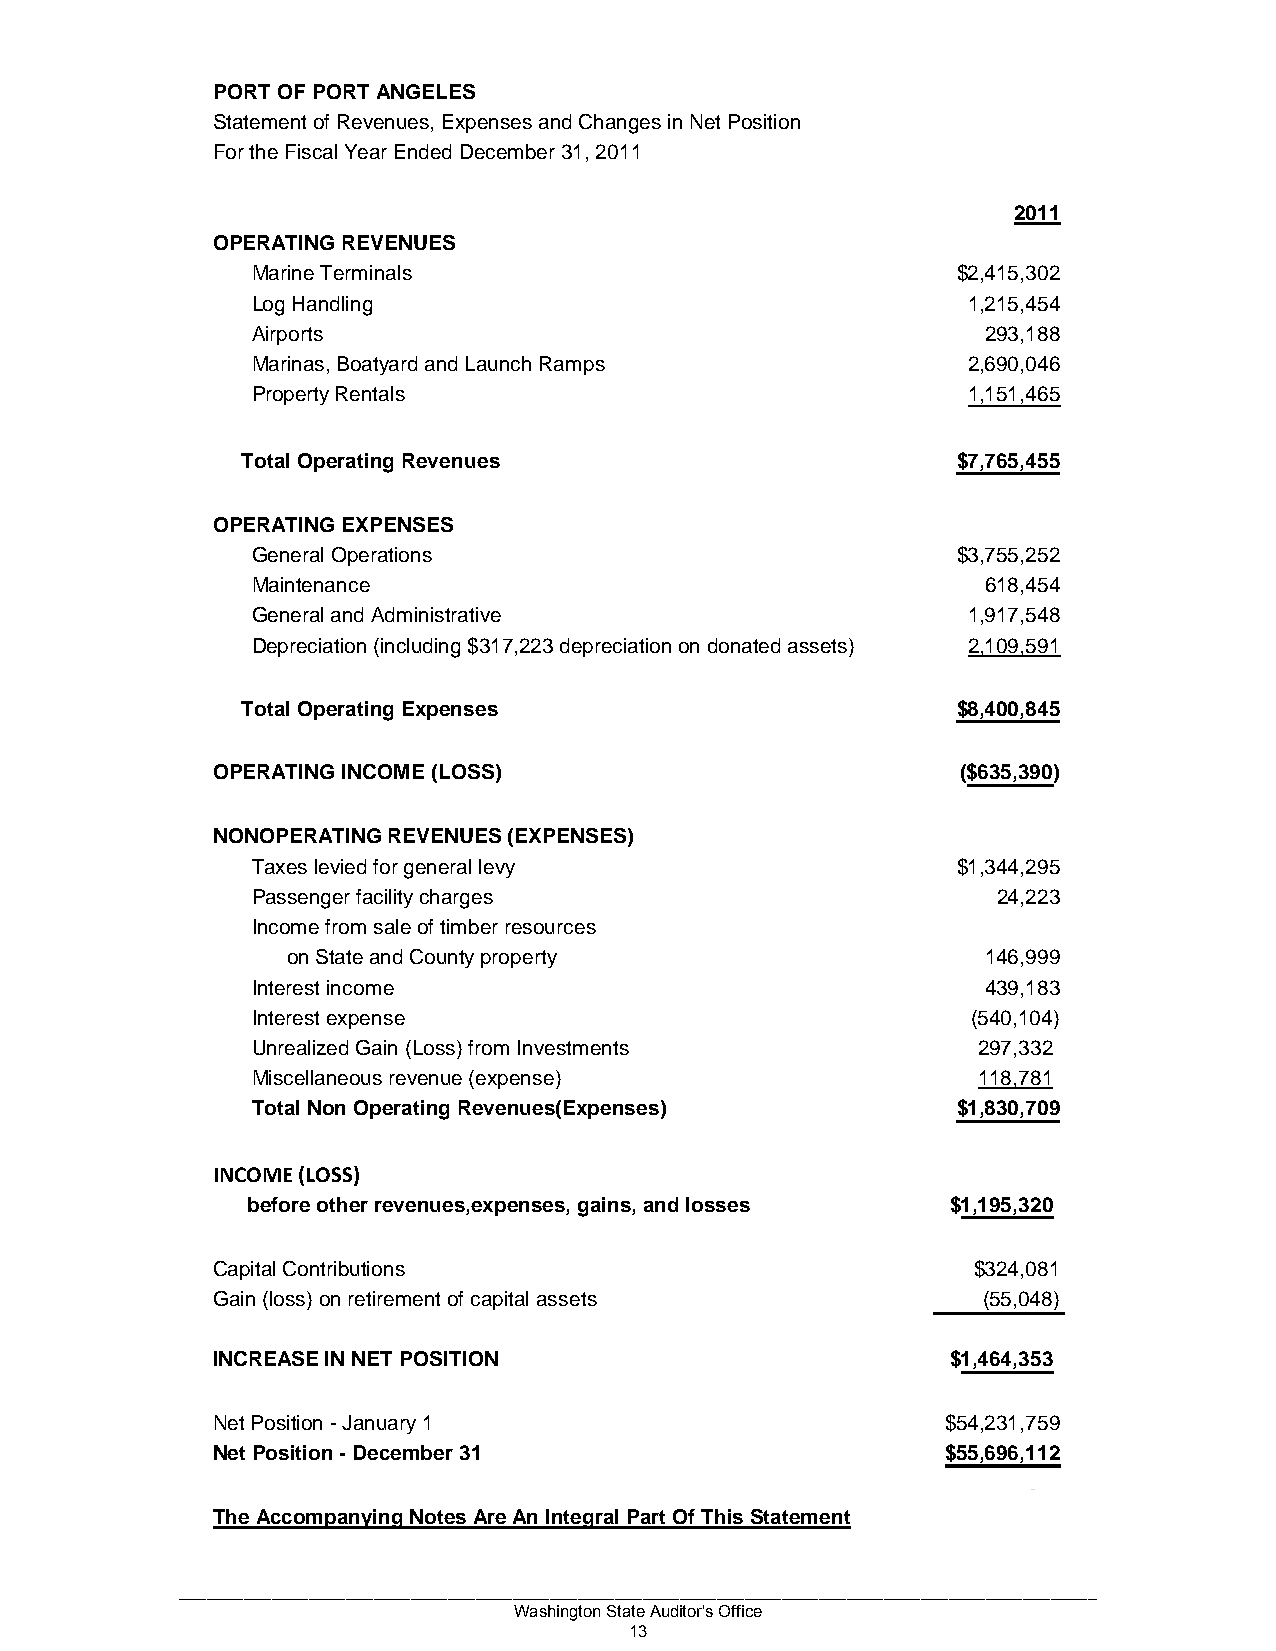
PORT OF PORT ANGELES
 Statement of Revenues, Expenses and Changes in Net Position
 For the Fiscal Year Ended December 31, 2011
 2011
 OPERATING REVENUES
 Marine Terminals                               $2,415,302
 Log Handling                                    1,215,454
 Airports                                         293,188
 Marinas, Boatyard and Launch Ramps              2,690,046
 Property Rentals                                1,151,465
 Total Operating Revenues                       $7,765,455
 OPERATING EXPENSES
 General Operations                             $3,755,252
 Maintenance                                      618,454
 General and Administrative                      1,917,548
 Depreciation (including $317,223 depreciation on donated assets) 2,109,591
 Total Operating Expenses                       $8,400,845
 OPERATING INCOME (LOSS)                          ($635,390)
 NONOPERATING REVENUES (EXPENSES)
 Taxes levied for general levy                  $1,344,295
 Passenger facility charges                        24,223
 Income from sale of timber resources
 on State and County property                  146,999
 Interest income                                  439,183
 Interest expense                                (540,104)
 Unrealized Gain (Loss) from Investments         297,332
 Miscellaneous revenue (expense)                 118,781
 Total Non Operating Revenues(Expenses)         $1,830,709
 INCOME (LOSS)
 before other revenues,expenses, gains, and losses $1,195,320
 Capital Contributions                             $324,081
 Gain (loss) on retirement of capital assets        (55,048)
 INCREASE IN NET POSITION                        $1,464,353
 Net Position - January 1                        $54,231,759
 Net Position - December 31                      $55,696,112
 -
 The Accompanying Notes Are An Integral Part Of This Statement
 ___________________________________________________________________________________________________
 Washington State Auditor's Office
 13